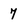
Character: 7